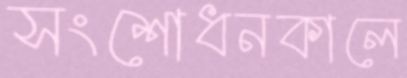
সংশোধনকালে